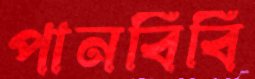
পানবিবি